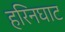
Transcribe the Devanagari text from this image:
हरिनघाट